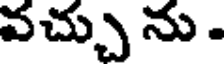
వచ్చు ను .